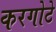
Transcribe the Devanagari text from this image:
करगोटे